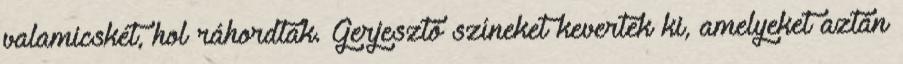
valamicskét, hol ráhordtak. Gerjesztő színeket kevertek ki, amelyeket aztán